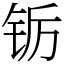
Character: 䥿